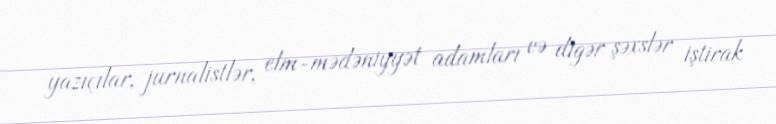
yazıçılar, jurnalistlər, elm-mədəniyyət adamları və digər şəxslər iştirak